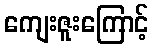
ကျေးဇူးကြောင့်